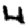
Digit: 4